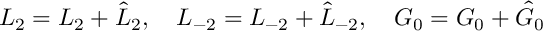
{ \cal L } _ { 2 } = L _ { 2 } + \hat { L } _ { 2 } , \quad { \cal L } _ { - 2 } = L _ { - 2 } + \hat { L } _ { - 2 } , \quad { \cal G } _ { 0 } = G _ { 0 } + \hat { G } _ { 0 }